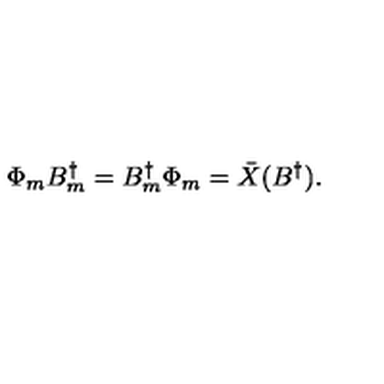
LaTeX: \Phi _ { m } B _ { m } ^ { \dagger } = B _ { m } ^ { \dagger } \Phi _ { m } = \bar { X } ( B ^ { \dagger } ) .